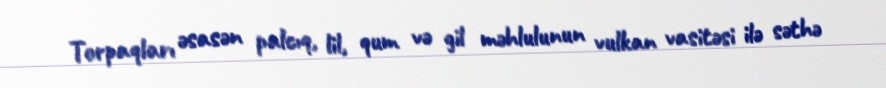
Torpaqları əsasən palcıq, lil, qum və gil məhlulunun vulkan vasitəsi ilə səthə